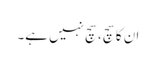
ان کا سچ، سچ نہیں ہے۔